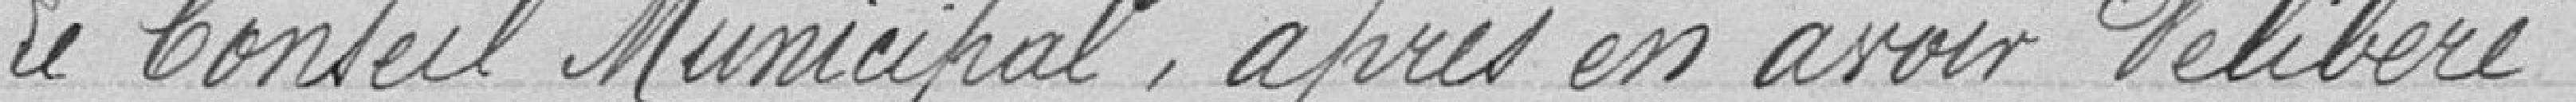
Le Conseil Municipal, après en avoir délibéré,